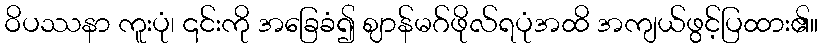
ဝိပဿနာ ကူးပုံ၊ ၎င်းကို အခြေခံ၍ ဈာန်မဂ်ဖိုလ်ရပုံအထိ အကျယ်ဖွင့်ပြထား၏။